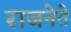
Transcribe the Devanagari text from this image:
राजनेते